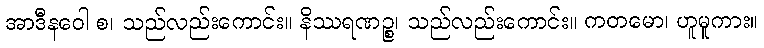
အာဒီနဝေါ စ၊ သည်လည်းကောင်း။ နိဿရဏဉ္စ၊ သည်လည်းကောင်း။ ကတမော၊ ဟူမူကား။